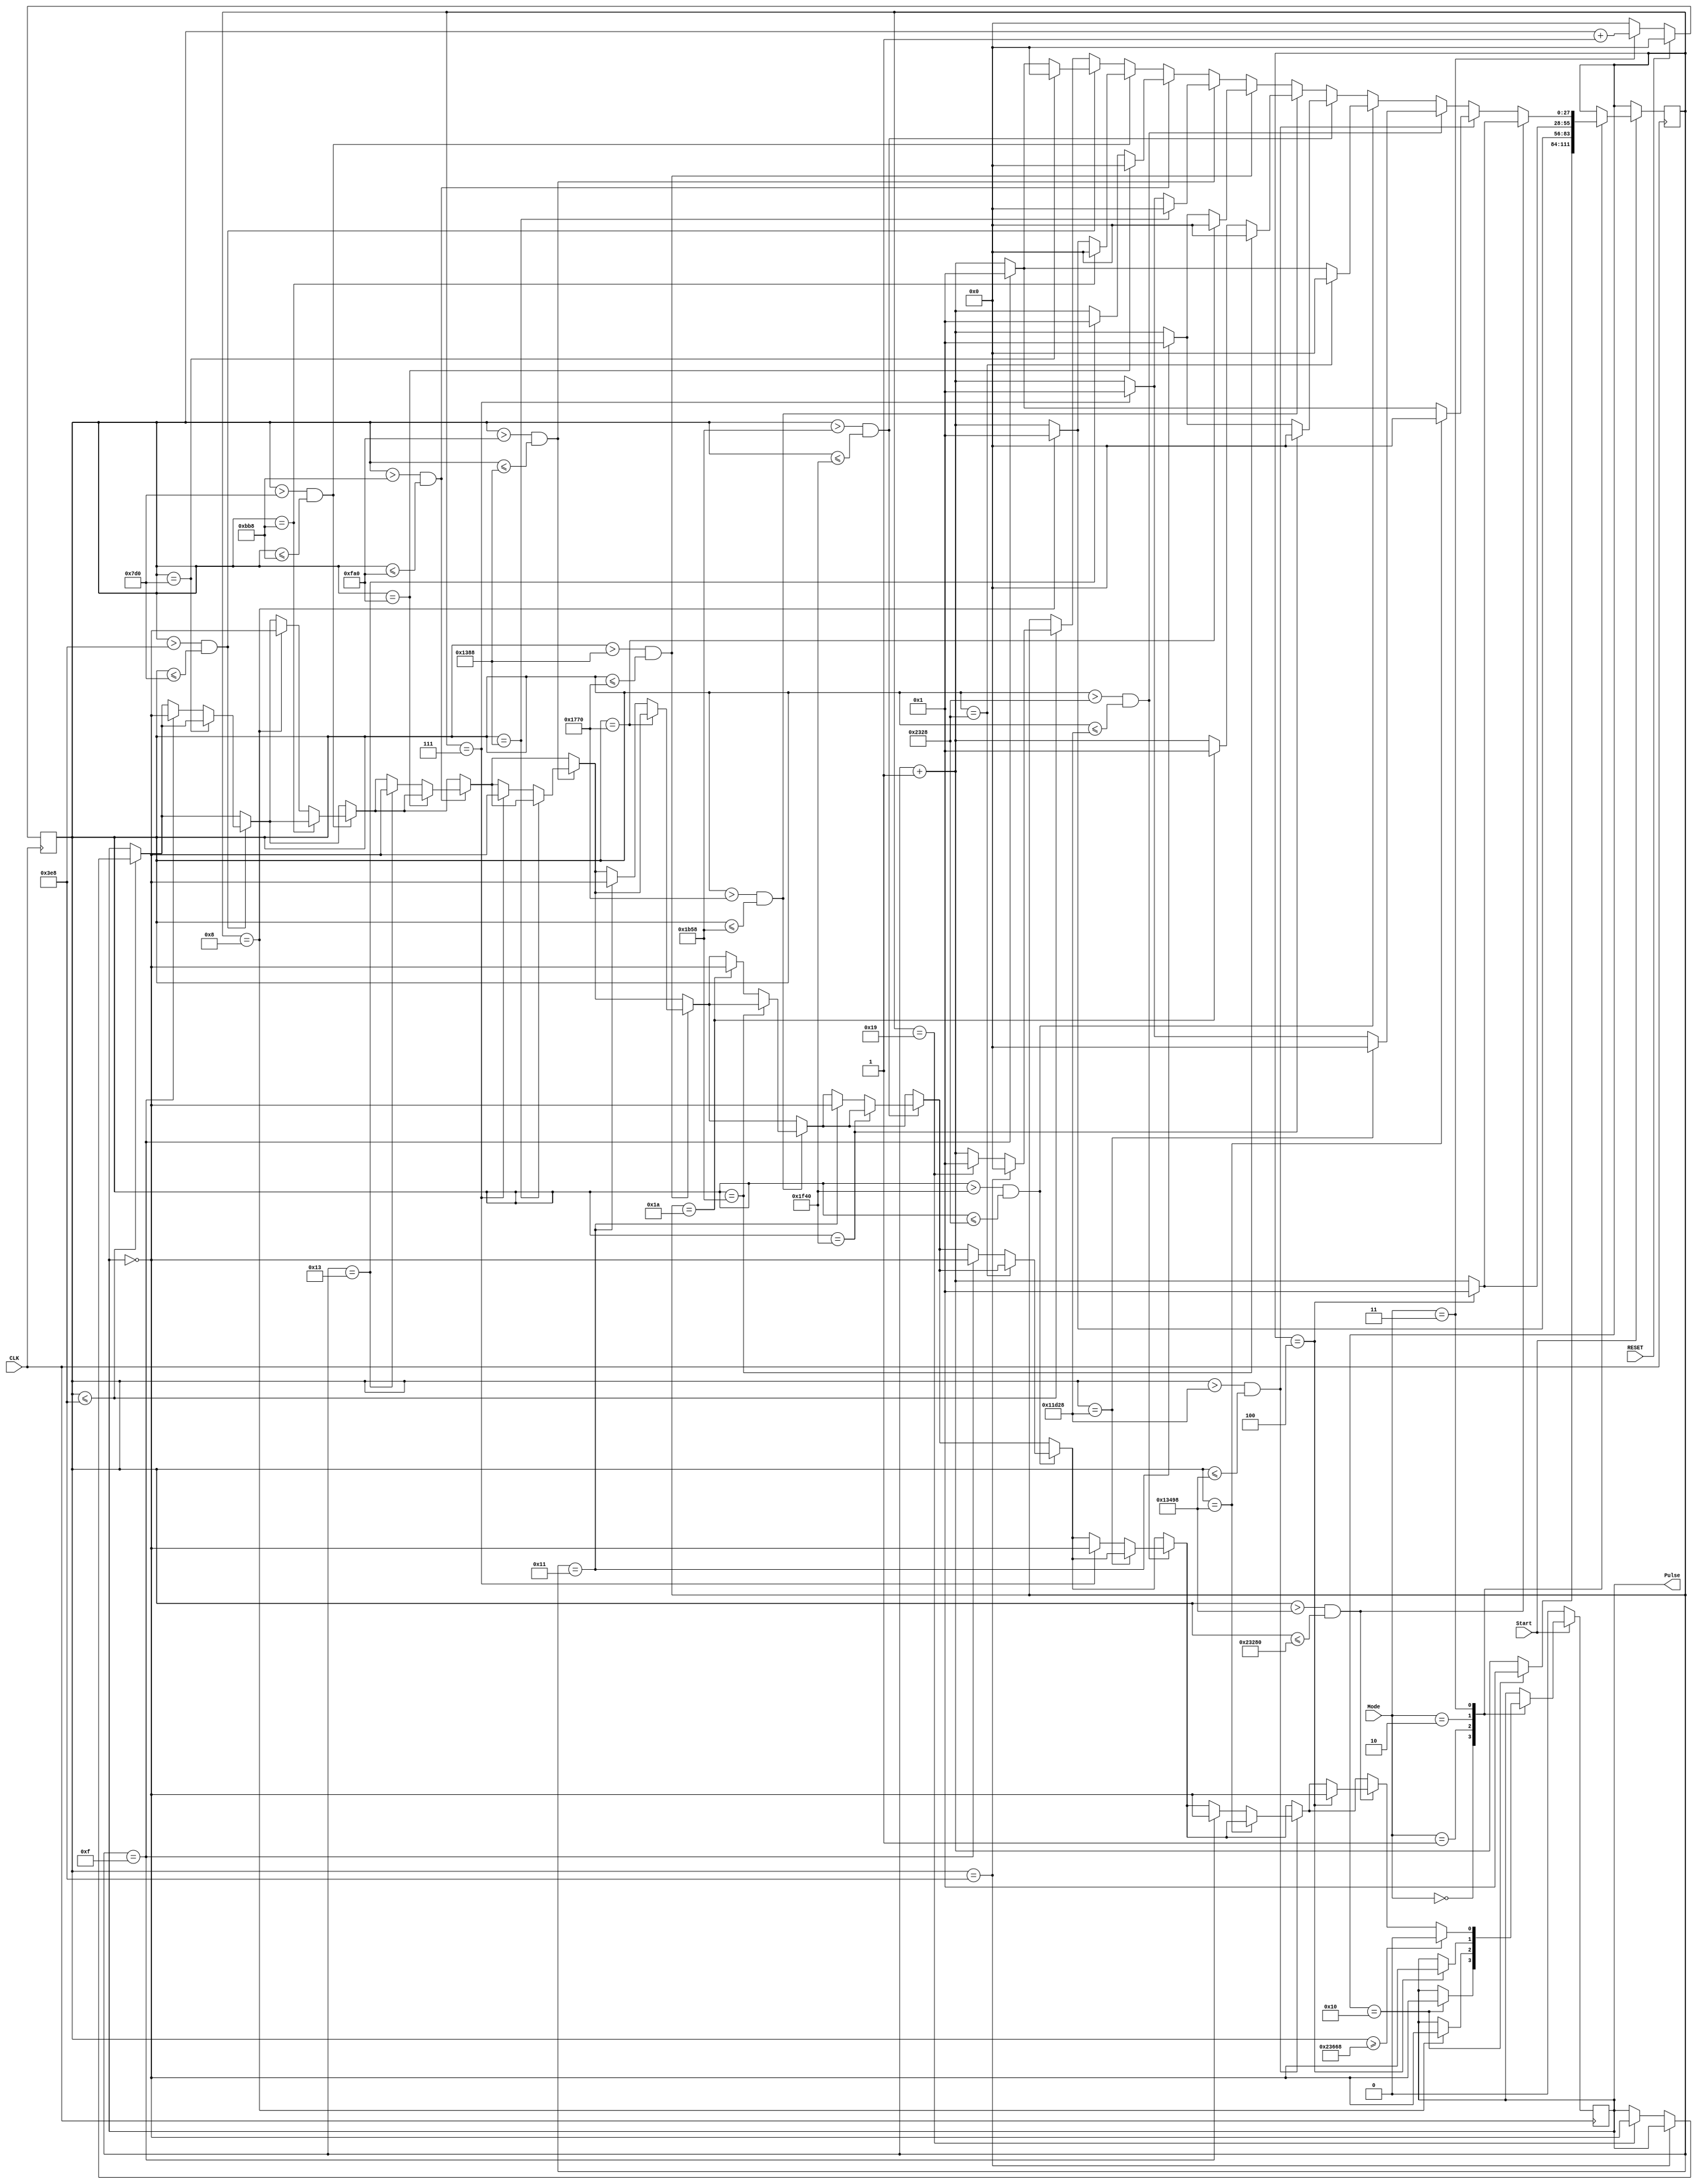
`define time_constant 1000//100000000
module PulseGenerator(Start, CLK, RESET, Mode, Pulse);
input Start;
input CLK;
input RESET;
input [1:0] Mode;
output Pulse;
reg Steps;
reg[27:0] counter;
reg[27:0] counter2;
reg[1:0] lastMode;

initial 
begin 
counter<=0;
Steps<=1;
counter2<=0;
lastMode <= Mode;
end



always @(posedge CLK)
begin
if(~RESET)
begin 
	if(Mode == 2'b11)
	begin 
	counter2<=counter2+1;
	end
	else 
	counter2<=0;
end
else
counter2<=0;
end


always @(posedge CLK)
begin 
if(Start)
begin
if(lastMode!=Mode)
counter<=0;
else
begin 
case(Mode)
2'b00 :  begin 
	if(counter == 16 )//1562500)
	begin
	counter<=1;
	Steps<=~Steps;
	end
	else 
	begin	
	counter<=counter+1;
	end
      end
2'b01 :  begin 
	if(counter == 8)//781250)
	begin
	counter<=1;
	Steps<=~Steps;
	end
	else 
	begin	
	counter<=counter+1;
	end
      end
2'b10 :  begin 
	if(counter == 4)//4390625)
	begin
	counter<=1;
	Steps<=~Steps;
	end
	else 
	begin
	counter<=counter+1;
	end
      end
2'b11 :  begin 
	if(counter2 <= `time_constant)
	begin
		if(counter2 == `time_constant)
			counter <= 0;
		else
		begin
	 		if(counter == 25)//2500000)
			begin
			counter<=1;
			Steps<=~Steps;
			end
			else 
			begin
			counter<=counter+1;
			end
		end
	end
	if(counter2 > `time_constant && counter2 <= 2*`time_constant)
	begin
		if(counter2 == 2*`time_constant)
			counter <=0 ;
		else
		begin
	 		if(counter ==15)//1515152)
			begin
			counter<=1;
			Steps<=~Steps;
			end
			else 
			begin
			counter<=counter+1;		
			end
		end	
	end
	if(counter2 > 2*`time_constant && counter2 <= 3*`time_constant)
	begin
		if(counter2 == 3*`time_constant)
			counter <=0 ;
		else
		begin
		
	 		if(counter==8)//757576)
			begin
			counter<=1;
			Steps<=~Steps;
			end
			else 
			begin
			counter<=counter+1;
			end
		end	
	end
	if(counter2 > 3*`time_constant && counter2 <= 4*`time_constant)
	begin
		if(counter2 == 4*`time_constant)
			counter <=0 ;
		else
		begin
	 		if(counter == 19)//1851852)
			begin
			counter<=1;
			Steps<=~Steps;
			end
			else 
			begin
			counter<=counter+1;
			end	
		end
	end	 
	if(counter2 > 4*`time_constant && counter2 <= 5*`time_constant)
	begin
		if(counter2 == 5*`time_constant)
			counter <=0 ;
		else
		begin
	 		if(counter == 7)//714286)
			begin
			counter<=1;
			Steps<=~Steps;
			end
			else 
			begin
			counter<=counter+1;
			end
		end	
	end
	if(counter2 > 5*`time_constant && counter2 <= 6*`time_constant)
	begin
		if(counter2 == 6*`time_constant)
			counter <=0 ;
		else
		begin
	 		if(counter == 17)//1666667)
			begin
			counter<=1;
			Steps<=~Steps;
			end
			else 
			begin
			counter<=counter+1;
			end	
		end
	end
	if(counter2 > 6*`time_constant && counter2 <= 7*`time_constant)
	begin
		if(counter2 == 7*`time_constant)
			counter <=0 ;
		else
		begin
	 		if(counter == 26)//2631579)
			begin
			counter<=1;
			Steps<=~Steps;
			end
			else 
			begin
			counter<=counter+1;
			end
		end	
	end
	if(counter2 > 7*`time_constant && counter2 <= 8*`time_constant)
	begin
		if(counter2 == 8*`time_constant)
			counter <=0 ;
		else
		begin
	 		if(counter == 17)//1666667)
			begin
			counter<=1;
			Steps<=~Steps;
			end
			else 
			begin
			counter<=counter+1;
			end
		end	
	end
	if(counter2 > 8*`time_constant && counter2 <= 9*`time_constant)
	begin
		if(counter2 == 9*`time_constant)
			counter <=0 ;
		else
		begin
	 		if(counter == 15)//15151512)
			begin
			counter<=1;
			Steps<=~Steps;
			end
			else 
			begin
			counter<=counter+1;
			end
		end	
	end
	if(counter2 > 9*`time_constant && counter2<=73*`time_constant)
	begin
		if(counter2 == 73*`time_constant)
			counter <=0 ;
		else
		begin
	 		if(counter == 7)//724638)
			begin
			counter<=1;
			Steps<=~Steps;
			end
			else 
			begin
			counter<=counter+1;
			end	
		end
	end
	if(counter2 > 73*`time_constant && counter2<=79*`time_constant)
	begin
		if(counter2 == 79*`time_constant)
			counter <=0 ;
		else
		begin
	 		if(counter == 15)//1470588)
			begin
			counter<=1;
			Steps<=~Steps;
			end
			else 
			begin
			counter<=counter+1;
			end
		end	
        end
	if(counter2 > 79*`time_constant && counter2<=144*`time_constant)
	begin
		
	 	if(counter == 4)//403226)
		begin
		counter<=1;
		Steps<=~Steps;
		end
		else 
		begin
		counter<=counter+1;
		end	
	end
	if(counter2 >= 145*`time_constant)
	begin
	 	Steps<=0;
	end

end
endcase
end
end
else 
Steps<=0;
end 
assign Pulse = Steps;
endmodule